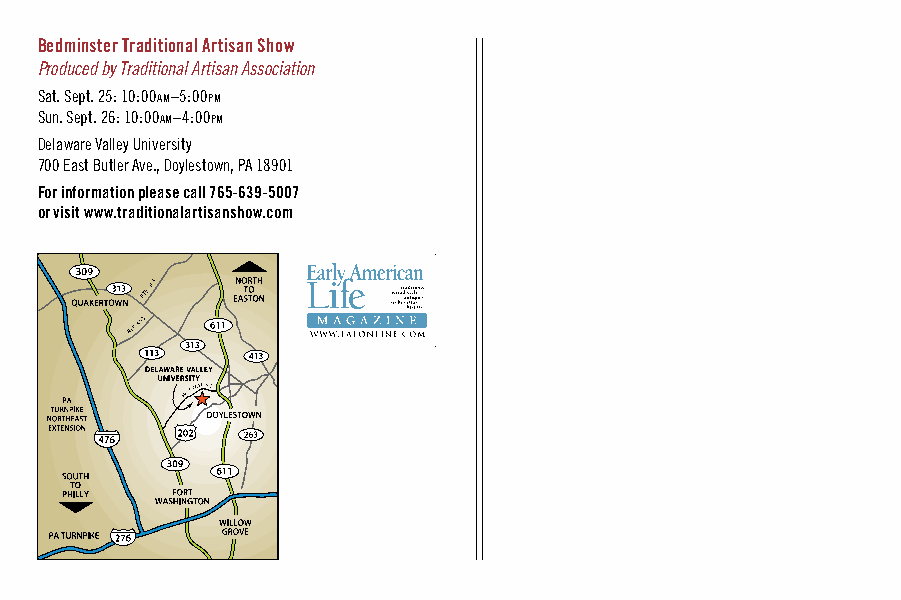
Bedminster Traditional Artisan Show
 Produced by Traditional Artisan Association
 Sat. Sept. 25: 10:00am–5:00pm
 Sun. Sept. 26: 10:00am–4:00pm
 Delaware Valley University
 700 East Butler Ave., Doylestown, PA 18901
 For information please call 765-639-5007
 or visit www.traditionalartisanshow.com